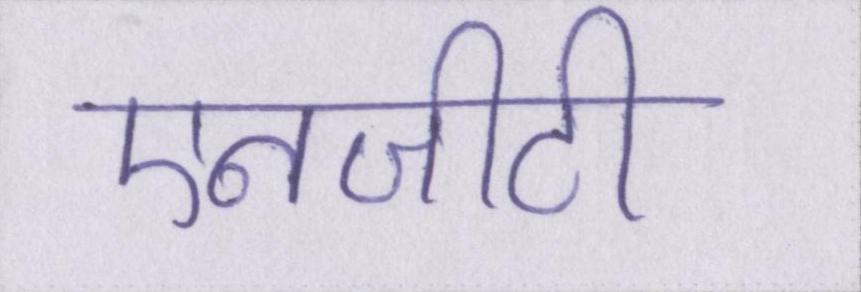
एनजीटी